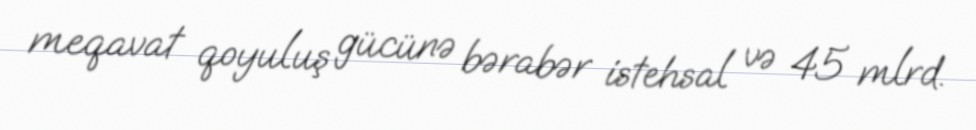
meqavat qoyuluş gücünə bərabər istehsal və 45 mlrd.